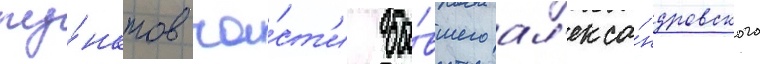
пу́нктов ча́ст'и бы́вшего ал'екса́ндровского